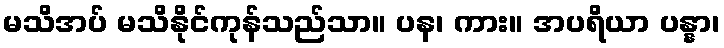
မသိအပ် မသိနိုင်ကုန်သည်သာ။ ပန၊ ကား။ အပရိယာ ပန္နာ၊